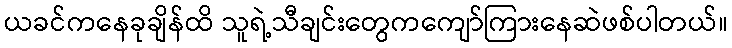
ယခင်ကနေခုချိန်ထိ သူရဲ့သီချင်းတွေကကျော်ကြားနေဆဲဖစ်ပါတယ်။